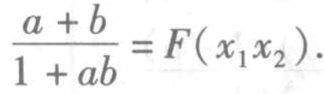
\frac{a + b}{1 + ab}=F(x_1x_2).